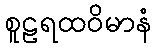
စူဠရထဝိမာနံ